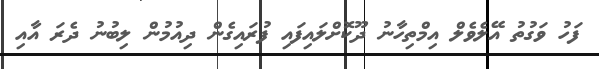
ފަހު ވަގުތު އޭލެވެލް އިމްތިހާނު ދޫކޮށްލައިފައި ފުރައިގެން ދިއުމުން ލިބުނު ދެރަ އާއި